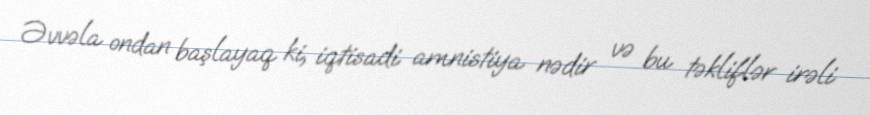
Əvvəla ondan başlayaq ki, iqtisadi amnistiya nədir və bu təkliflər irəli